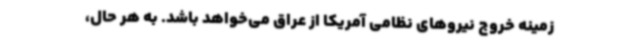
زمینه خروج نیروهای نظامی آمریکا از عراق می‌خواهد باشد. به هر حال،